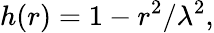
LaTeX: h(r)=1-r^{2}/\lambda^{2},